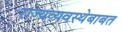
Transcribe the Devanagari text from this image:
राज्यव्यवस्थेबाबत